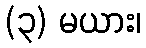
(၃) မယား၊